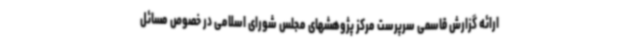
ارائه گزارش قاسمی سرپرست مرکز پژوهشهای مجلس شورای اسلامی در خصوص مسائل